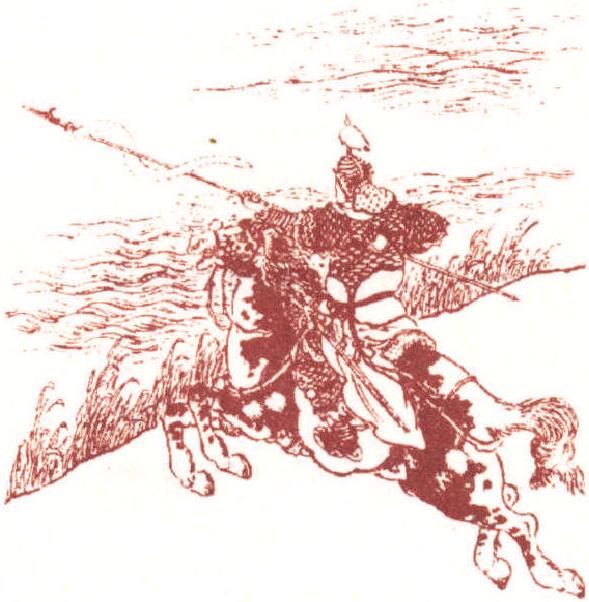
黄云陇底白云飞，未得报恩不能归。